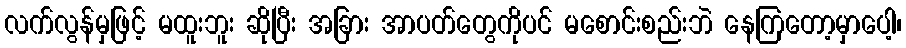
လက်လွန်မှဖြင့် မထူးဘူး ဆိုပြီး အခြား အာပတ်တွေကိုပင် မစောင်းစည်းဘဲ နေကြတော့မှာပေါ့၊